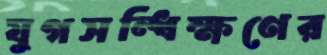
যুগসন্ধিক্ষণের